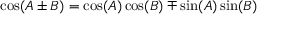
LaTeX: \cos ( A \pm B ) = \cos ( A ) \cos ( B ) \mp \sin ( A ) \sin ( B )